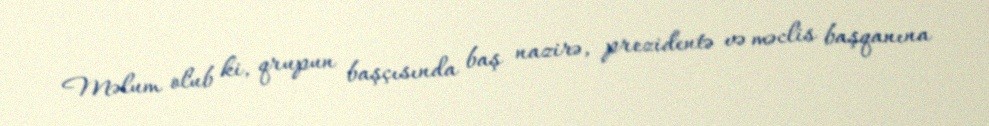
Məlum olub ki, qrupun başçısında baş nazirə, prezidentə və məclis başqanına